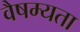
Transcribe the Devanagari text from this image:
वैषम्यता